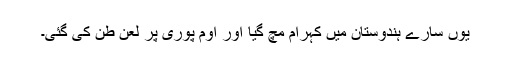
یوں سارے ہندوستان میں کہرام مچ گیا اور اوم پوری پر لعن طن کی گئی۔